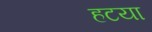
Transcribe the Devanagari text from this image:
हटया